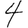
Digit: 4